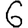
Digit: 6